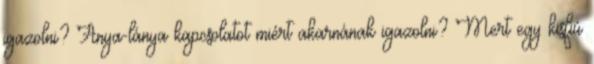
igazolni? Anya-lánya kapcsolatot miért akarnának igazolni? Mert egy kisfiú